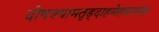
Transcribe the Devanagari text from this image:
दोषत्रयामतृड्दाहमेहकासांश्च